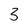
Character: 3